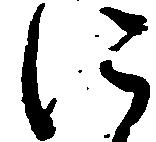
に